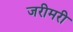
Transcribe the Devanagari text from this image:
जरीमरी